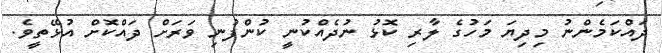
ދައްކަމެންނު މިދިޔަ މަހުގެ ލާރި ކޮޅު ނުދެއްކުނީ ކުންފުނި ވަރަށް ދައްކޮށް އުޅޭތީވެ.